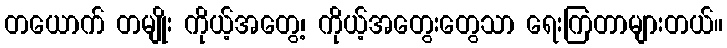
တယောက် တမျိုး ကိုယ့်အတွေ့၊ ကိုယ့်အတွေးတွေသာ ရေးကြတာများတယ်။